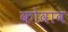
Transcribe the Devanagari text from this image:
कोवाव